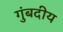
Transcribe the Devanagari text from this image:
गुंबदीय